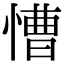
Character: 慒